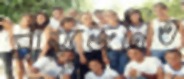
স্বাস্থ্যজনিত